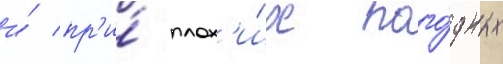
и́ пр'и́ плох'и́х пого́дных